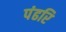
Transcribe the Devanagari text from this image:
पंढरि